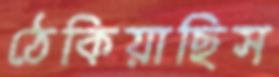
ঠেকিয়াছিস